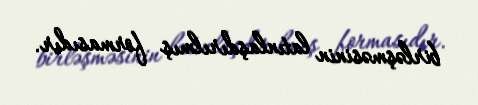
birləşməsinin latınlaşdırılmış formasıdır.